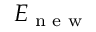
E _ { \textrm { n e w } }